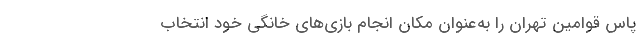
پاس قوامین تهران را به‌عنوان مکان انجام بازی‌های خانگی خود انتخاب